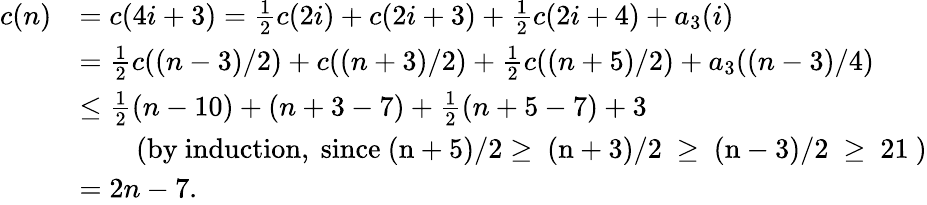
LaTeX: \begin{array}{rl}{c(n)}&{=c(4i+3)={\frac{1}{2}}c(2i)+c(2i+3)+{\frac{1}{2}}c(2i+4)+a_{3}(i)}\\ &{={\frac{1}{2}}c((n-3)/2)+c((n+3)/2)+{\frac{1}{2}}c((n+5)/2)+a_{3}((n-3)/4)}\\ &{\leq{\frac{1}{2}}(n-10)+(n+3-7)+{\frac{1}{2}}(n+5-7)+3}\\ &{\quad\quad\mathrm{(by~induction,~since~(n+5)/2\geq~(n+3)/2~\geq~(n-3)/2~\geq~21~)}}\\ &{=2n-7.}\end{array}